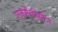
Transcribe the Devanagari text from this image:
एजमेलीसीन